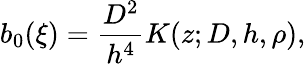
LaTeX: b_{0}(\xi)=\frac{D^{2}}{h^{4}}K(z;D,h,\rho),